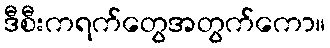
ဒီစီးကရက်တွေအတွက်ကော။